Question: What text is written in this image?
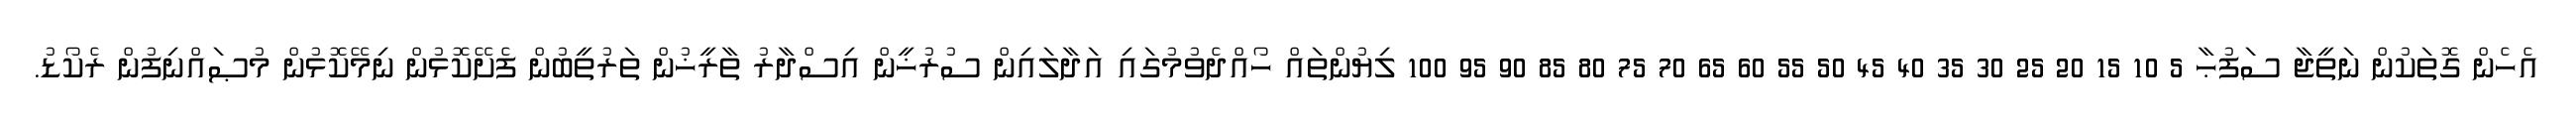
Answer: އެހެން ގޮތަކުން ނަތީޖާ ސަފުޙާ 5 10 15 20 25 30 35 40 45 50 55 60 65 70 75 80 85 90 95 100 ލިޔުންތައް ހޯއްދެވުމުގައި އަދާލައިން ސުރުޚީން އިސްދާރު ތާރީޚުން ތަރުތީބުން ފެށޭކޮޅުން ނިމޭކޮޅުން މުޞައްނިފުން ރެކޯޑު.